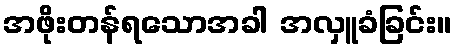
အဖိုးတန်ရသောအခါ အလှူခံခြင်း။